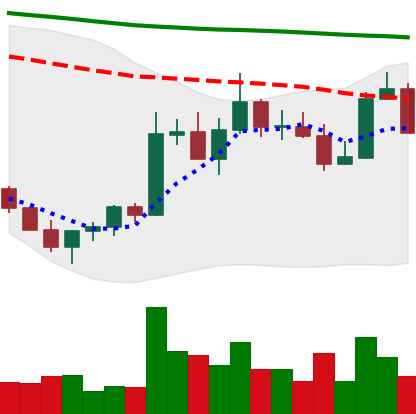
Ticker: ADA-USD
Chart end date: 2022-11-06
Forward return: -11.994%
Label: down_7plus